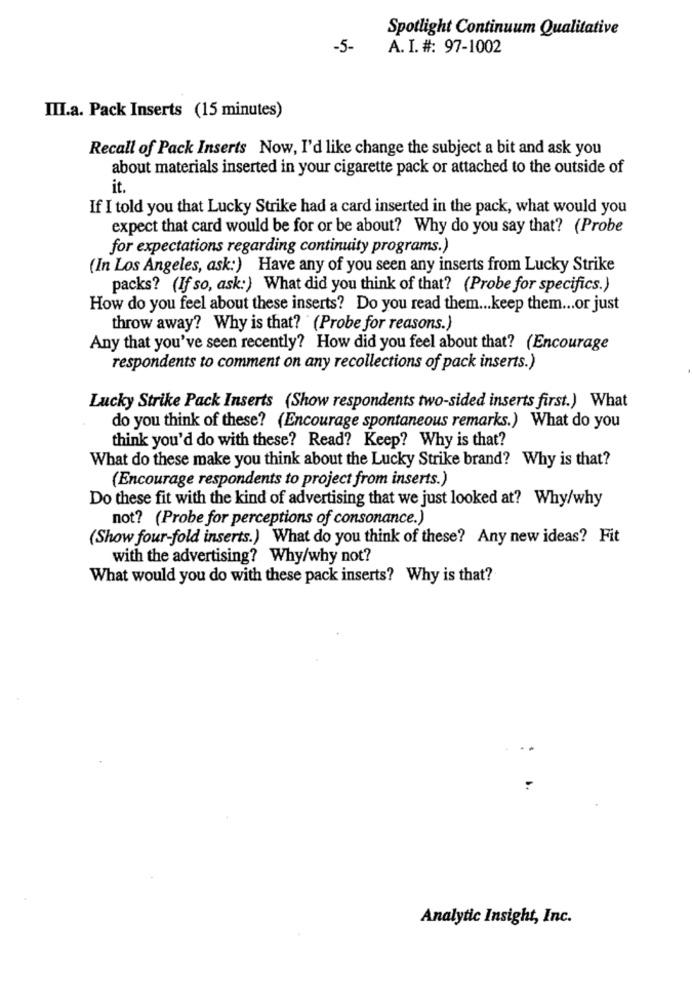
Spotlight Continuum Qualitative
-5-
A. I. #: 97-1002
III.a. Pack Inserts (15 minutes)
Recall of Pack Inserts Now, I'd like change the subject a bit and ask you
about materials inserted in your cigarette pack or attached to the outside of
If I told you that Lucky Strike had a card inserted in the pack, what would you
expect that card would be for or be about? Why do you say that? (Probe
for expectations regarding continuity programs.)
(In Los Angeles, ask:) Have any of you seen any inserts from Lucky Strike
packs? (If so, ask:) What did you think of that? (Probe for specifics.)
How do you feel about these inserts? Do you read them ... keep them ... or just
throw away? Why is that? (Probe for reasons.)
Any that you've seen recently? How did you feel about that? (Encourage
respondents to comment on any recollections of pack inserts.)
Lucky Strike Pack Inserts (Show respondents two-sided inserts first.) What
do you think of these? (Encourage spontaneous remarks.) What do you
think you'd do with these? Read? Keep? Why is that?
What do these make you think about the Lucky Strike brand? Why is that?
(Encourage respondents to project from inserts.)
Do these fit with the kind of advertising that we just looked at? Why/why
not? (Probe for perceptions of consonance.)
(Show four-fold inserts.) What do you think of these? Any new ideas? Fit
with the advertising? Why/why not?
What would you do with these pack inserts? Why is that?
Analytic Insight, Inc.